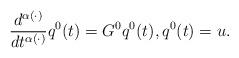
LaTeX: \begin{align*}\frac{d^{\alpha(\cdot)}}{dt^{\alpha(\cdot)}} q^0(t) = G^0 q^0(t), q^0(t) = u.\end{align*}